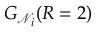
G _ { \mathcal { N } _ { i } } ( R = 2 )